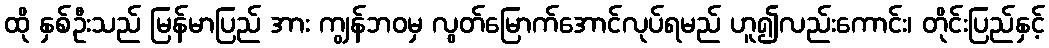
ထို နှစ်ဦးသည် မြန်မာပြည် အား ကျွန်ဘဝမှ လွတ်မြောက်အောင်လုပ်ရမည် ဟူ၍လည်းကောင်း၊ တိုင်းပြည်နှင့်